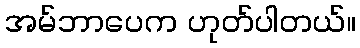
အမ်ဘာပေက ဟုတ်ပါတယ်။